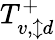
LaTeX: T_{v,\updownarrow d}^{+}